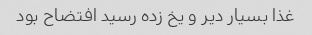
غذا بسیار دیر و یخ زده رسید افتضاح بود